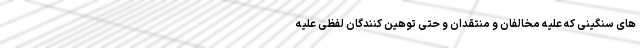
های سنگینی که علیه مخالفان و منتقدان و حتی توهین کنندگان لفظی علیه